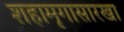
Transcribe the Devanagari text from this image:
शहामृगासारखा